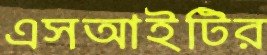
এসআইটির